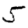
Digit: 5